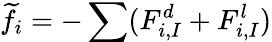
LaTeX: \widetilde{f_{i}}=-\sum(F_{i,I}^{d}+F_{i,I}^{l})